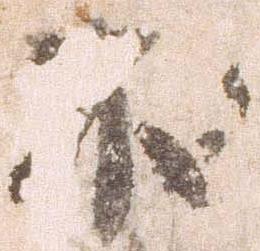
不